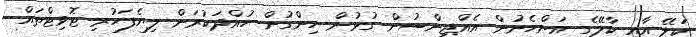
ކަލޭ އާއި ކާލޭގެ އަންހެނުން އެއްޖިންސުން ގުޅުން ހިންގުން ހުއްދަކުރަން ލިޔެފަހުރި ޓޮވިޓްތައް